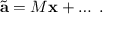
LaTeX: \tilde { \bf { a } } = M { \bf x } + \ldots \; .